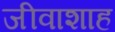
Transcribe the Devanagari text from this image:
जीवाशाह